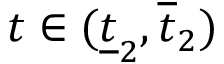
t \in ( \underline { { t } } _ { 2 } , \overline { { t } } _ { 2 } )